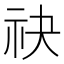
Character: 𬒮